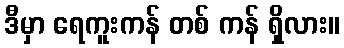
ဒီမှာ ရေကူးကန် တစ် ကန် ရှိလား။